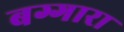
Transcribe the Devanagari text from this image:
बग्गारा